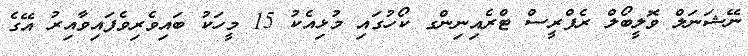
ނޭޝަނަލް ވޮލީބޯލް ރެފްރީސް ޓްރެއިނިންގ ކޯހުގައި މުޅިއެކު 15 މީހަކު ބައިވެރިވެފައިވާއިރު އޭގެ